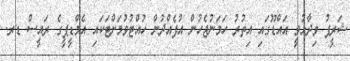
ޝަރީފު ވިދާޅުވީ އައްޑޫގައި އިތުރު ހަމަނުޖެހުން އުފެއްދުން ހުއްޓުވުމަށްޓަކައި އެމްޑީޕީގެ ރައީސް ޑރ.